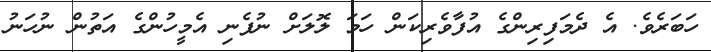
ހަބަރެވެ. އެ ދެމަފިރިންގެ އުފާވެރިކަން ހަމަ ލޮލަށް ނުފެނި އެމީހުންގެ އަތުން ނުހަނު